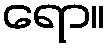
ရော။